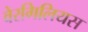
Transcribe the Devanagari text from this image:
वेरगिलियस